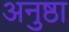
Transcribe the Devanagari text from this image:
अनुष्ठा